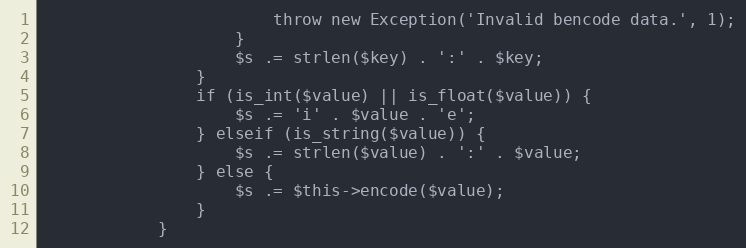
Language: PHP
						throw new Exception('Invalid bencode data.', 1);
					}
					$s .= strlen($key) . ':' . $key;
				}
				if (is_int($value) || is_float($value)) {
					$s .= 'i' . $value . 'e';
				} elseif (is_string($value)) {
					$s .= strlen($value) . ':' . $value;
				} else {
					$s .= $this->encode($value);
				}
			}